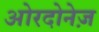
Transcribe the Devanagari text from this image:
ओरदोनेज़